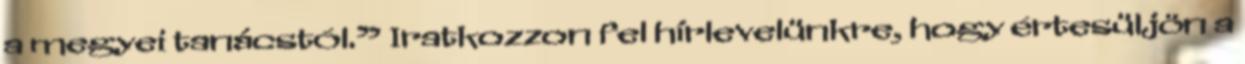
a megyei tanácstól.” Iratkozzon fel hírlevelünkre, hogy értesüljön a